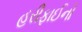
હરીફાઈનો